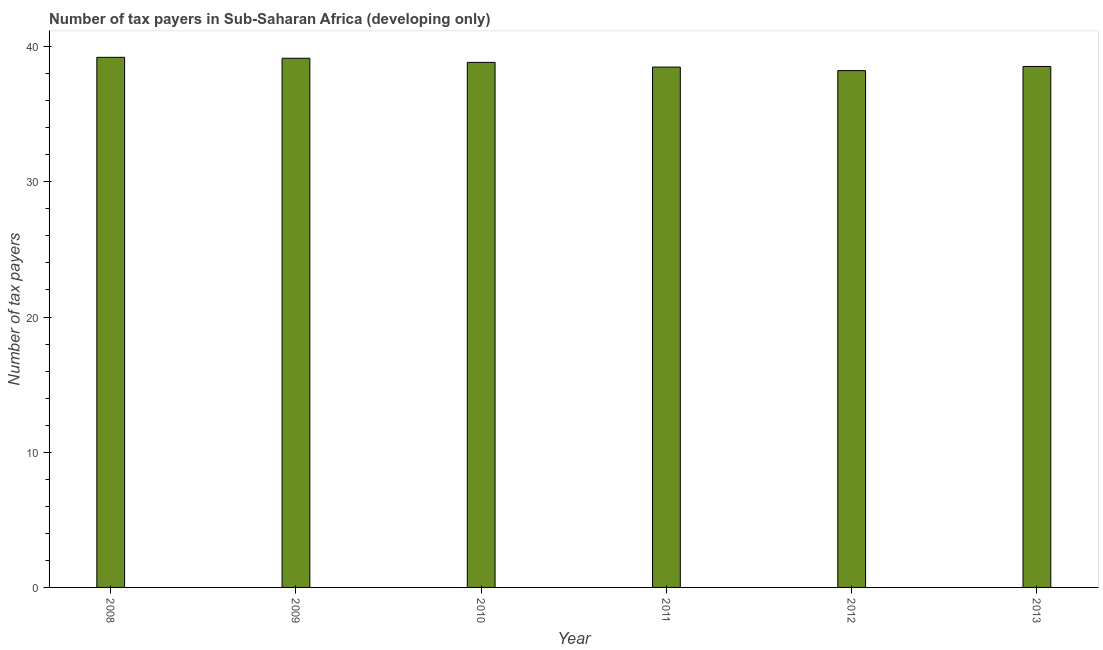
| Year | Tax payments |
 | --- | --- |
 | 2008 | 39.2 |
 | 2009 | 39.1 |
 | 2010 | 38.8 |
 | 2011 | 38.5 |
 | 2012 | 38.2 |
 | 2013 | 38.5 |